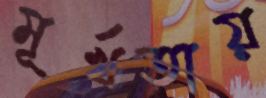
মূর্খতায়